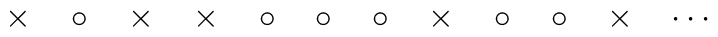
\times\quad\circ\quad\times\quad\times\quad\circ\quad    \circ\quad\circ\quad     \times\quad\circ\quad\circ\quad\times\quad\cdots